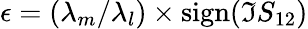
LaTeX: \epsilon=(\lambda_{m}/\lambda_{l})\times\mathrm{sign}(\mathfrak{I}S_{12})